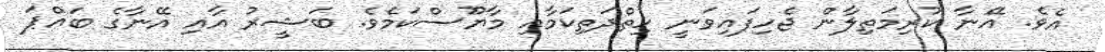
އެވެ. އޭނާ ކުރިމަތިލާން ޖެހިފައިވަނީ ހިތްދަތިކަމާއި މާޔޫސްކަމެވެ. ބަޝީރު އާއި އޭނާގެ ބައްޕަ